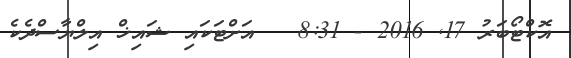
އޮކްޓޯބަރު 17